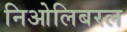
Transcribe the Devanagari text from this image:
निओलिबरल